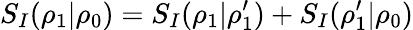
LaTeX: S_{I}(\rho_{1}|\rho_{0})=S_{I}(\rho_{1}|\rho_{1}^{\prime})+S_{I}(\rho_{1}^{\prime}|\rho_{0})